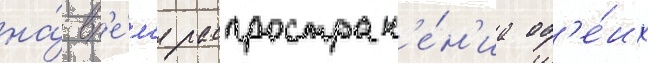
на́ вр'е́м'я распростран'е́н'иа об'е́их